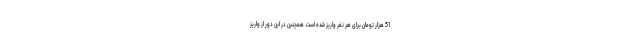
51 هزار تومان برای هر نفر واریز شده است. همچنین در این دور از واریز